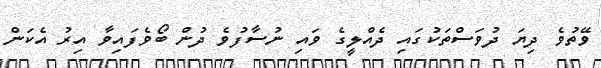
ވޭތުވެ ދިޔަ ދުވަސްތަކުގައި ދެއްލީގެ ވައި ނުސާފުވެ ދުން ބޯވެފައިވާ އިރު އެކަން